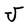
Character: J